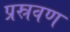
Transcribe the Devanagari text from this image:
प्रस्रवण